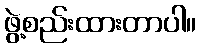
ဖွဲ့စည်းထားတာပါ။